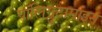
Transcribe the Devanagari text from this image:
पॉलिग्लुटामाइन